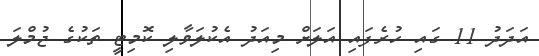
އަދަދު 11 ގައި ހުރެފައި އަލަށް މިއަދު އެކުލަވާލި ކޮމިޓީ ތަކުގެ ޖުމްލަ